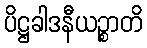
ပိဋ္ဌခါဒနီယဉ္စာတိ